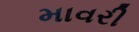
માવરી